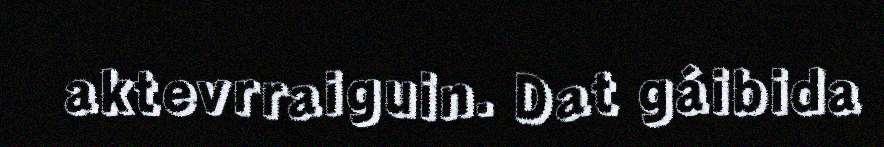
aktevrraiguin. Dat gáibida